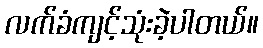
လက်ခံကျင့်သုံးခဲ့ပါတယ်။